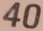
40